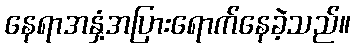
နေရာအနှံ့အပြားရောက်နေခဲ့သည်။